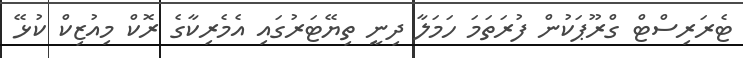
ޓެރަރިސްޓް ގްރޫޕަކުން ފުރަތަމަ ހަމަލާ ދިނީ ތިޔޭޓަރުގައި އެމެރިކާގެ ރޮކް މިއުޒިކް ކުޅޭ